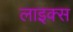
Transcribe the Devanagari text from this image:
लाइक्‍स